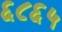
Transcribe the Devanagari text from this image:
६८६५